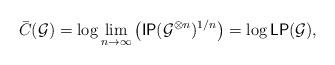
LaTeX: \begin{align*}\bar C(\mathcal G)=\log\lim_{n \to \infty}\big( \mathsf{IP}(\mathcal G^{\otimes n})^{1/n}\big)=\log\mathsf{LP}(\mathcal G),\end{align*}